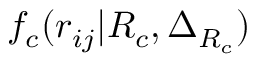
f _ { c } ( r _ { i j } | R _ { c } , \Delta _ { R _ { c } } )